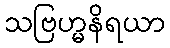
သဗြဟ္မနိရယာ